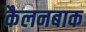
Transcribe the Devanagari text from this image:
कैलनबाक